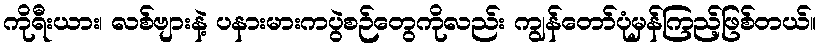
ကိုရီးယား၊ လစ်ဗျားနဲ့ ပနားမားကပွဲစဉ်တွေကိုလည်း ကျွန်တော်ပုံမှန်ကြည့်ဖြစ်တယ်။